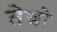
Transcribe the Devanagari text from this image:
तेन्नो